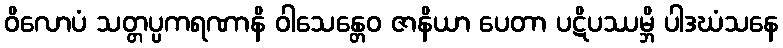
ဝိလောပံ သတ္တပ္ပကရဏာနိ ဝါသေန္တေဝ ဇာနိယာ ပေတာ ပဋိပဿမ္ဘိ ပါဒဃံသနေ